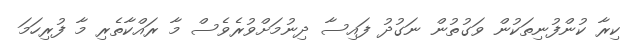
ކިރާ ކުންފުނިތަކުން ވަގުތުން ނަގުދު ފައިސާ ދިނުމަށްވުރެވެސް މާ ރައްކާތެރި މާ ފުރިހަމަ